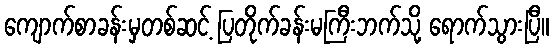
ကျောက်စာခန်းမှတစ်ဆင့် ပြတိုက်ခန်းမကြီးဘက်သို့ ရောက်သွားပြီ။